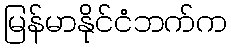
မြန်မာနိုင်ငံဘက်က